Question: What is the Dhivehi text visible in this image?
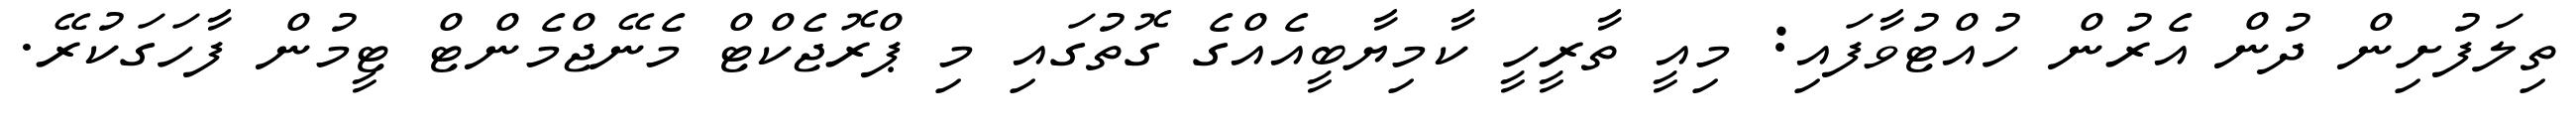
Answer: ތިލަފުށިން ދުން އެރުން ހުއްޓުވާފައި: މިއީ ތާރީހީ ކާމިޔާބީއެއްގެ ގޮތުގައި މި ޕްރޮޖެކްޓް މެނޭޖްމެންޓް ޓީމުން ފާހަގަކުރޭ.